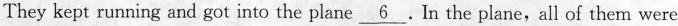
They kept running and got into the plane \underline{6} .In the plane,all of them were